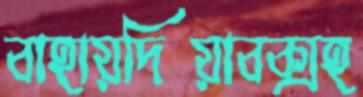
বাহায়দিয়াবক্সহ